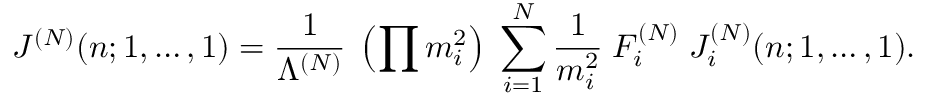
J ^ { ( N ) } ( n ; 1 , \ldots , 1 ) = \frac { 1 } { \Lambda ^ { ( N ) } } \; \left( \prod m _ { i } ^ { 2 } \right) \; \sum _ { i = 1 } ^ { N } \frac { 1 } { m _ { i } ^ { 2 } } \; F _ { i } ^ { ( N ) } \; J _ { i } ^ { ( N ) } ( n ; 1 , \ldots , 1 ) .